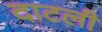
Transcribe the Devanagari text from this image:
दाटली